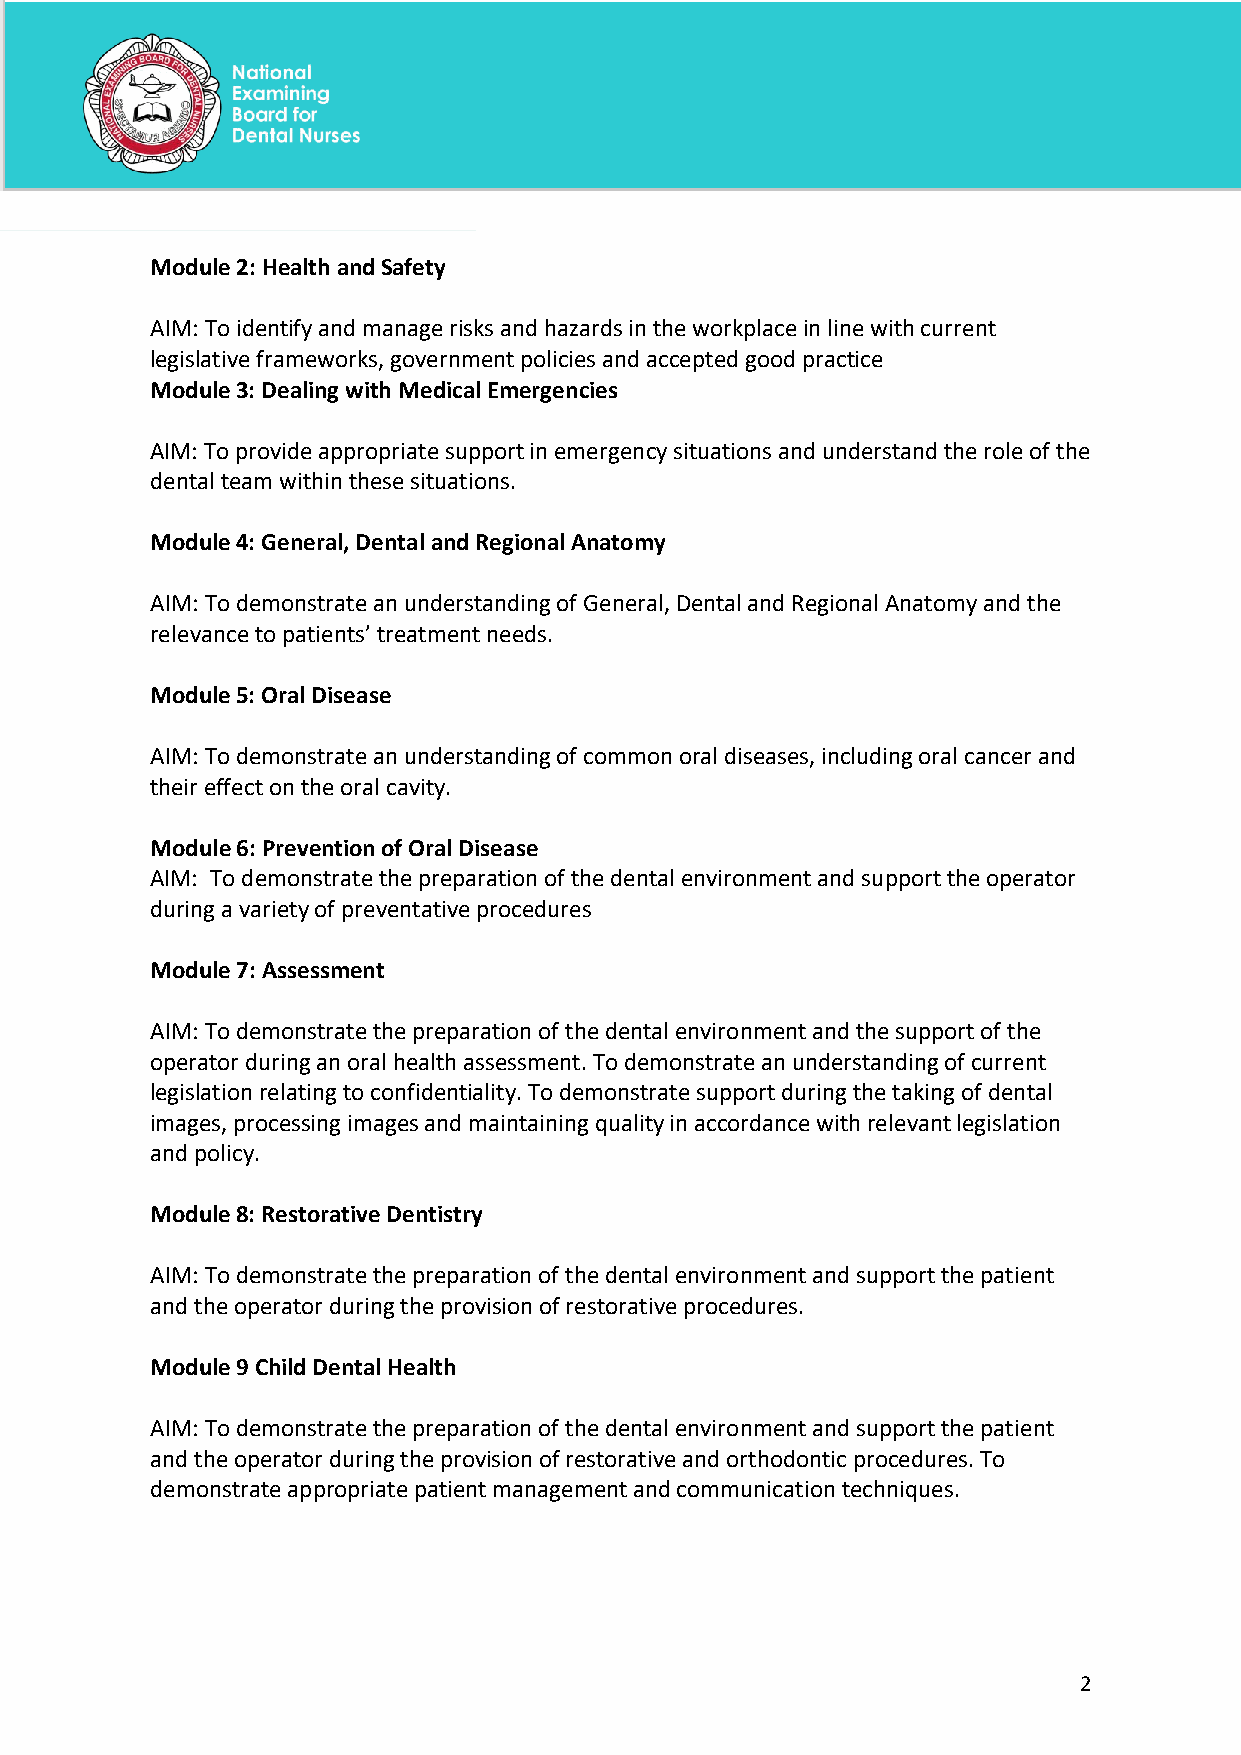
Module 2: Health and Safety
 AIM: To identify and manage risks and hazards in the workplace in line with current
 legislative frameworks, government policies and accepted good practice
 Module 3: Dealing with Medical Emergencies
 AIM: To provide appropriate support in emergency situations and understand the role of the
 dental team within these situations.
 Module 4: General, Dental and Regional Anatomy
 AIM: To demonstrate an understanding of General, Dental and Regional Anatomy and the
 relevance to patients’ treatment needs.
 Module 5: Oral Disease
 AIM: To demonstrate an understanding of common oral diseases, including oral cancer and
 their effect on the oral cavity.
 Module 6: Prevention of Oral Disease
 AIM: To demonstrate the preparation of the dental environment and support the operator
 during a variety of preventative procedures
 Module 7: Assessment
 AIM: To demonstrate the preparation of the dental environment and the support of the
 operator during an oral health assessment. To demonstrate an understanding of current
 legislation relating to confidentiality. To demonstrate support during the taking of dental
 images, processing images and maintaining quality in accordance with relevant legislation
 and policy.
 Module 8: Restorative Dentistry
 AIM: To demonstrate the preparation of the dental environment and support the patient
 and the operator during the provision of restorative procedures.
 Module 9 Child Dental Health
 AIM: To demonstrate the preparation of the dental environment and support the patient
 and the operator during the provision of restorative and orthodontic procedures. To
 demonstrate appropriate patient management and communication techniques.
 2
 National Examining Board for Dental Nurses